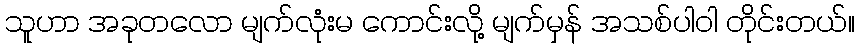
သူဟာ အခုတလော မျက်လုံးမ ကောင်းလို့ မျက်မှန် အသစ်ပါဝါ တိုင်းတယ်။